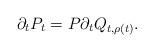
LaTeX: \begin{align*} \partial_{t}P_t=P\partial_{t}Q_{t,\rho(t)}.\end{align*}